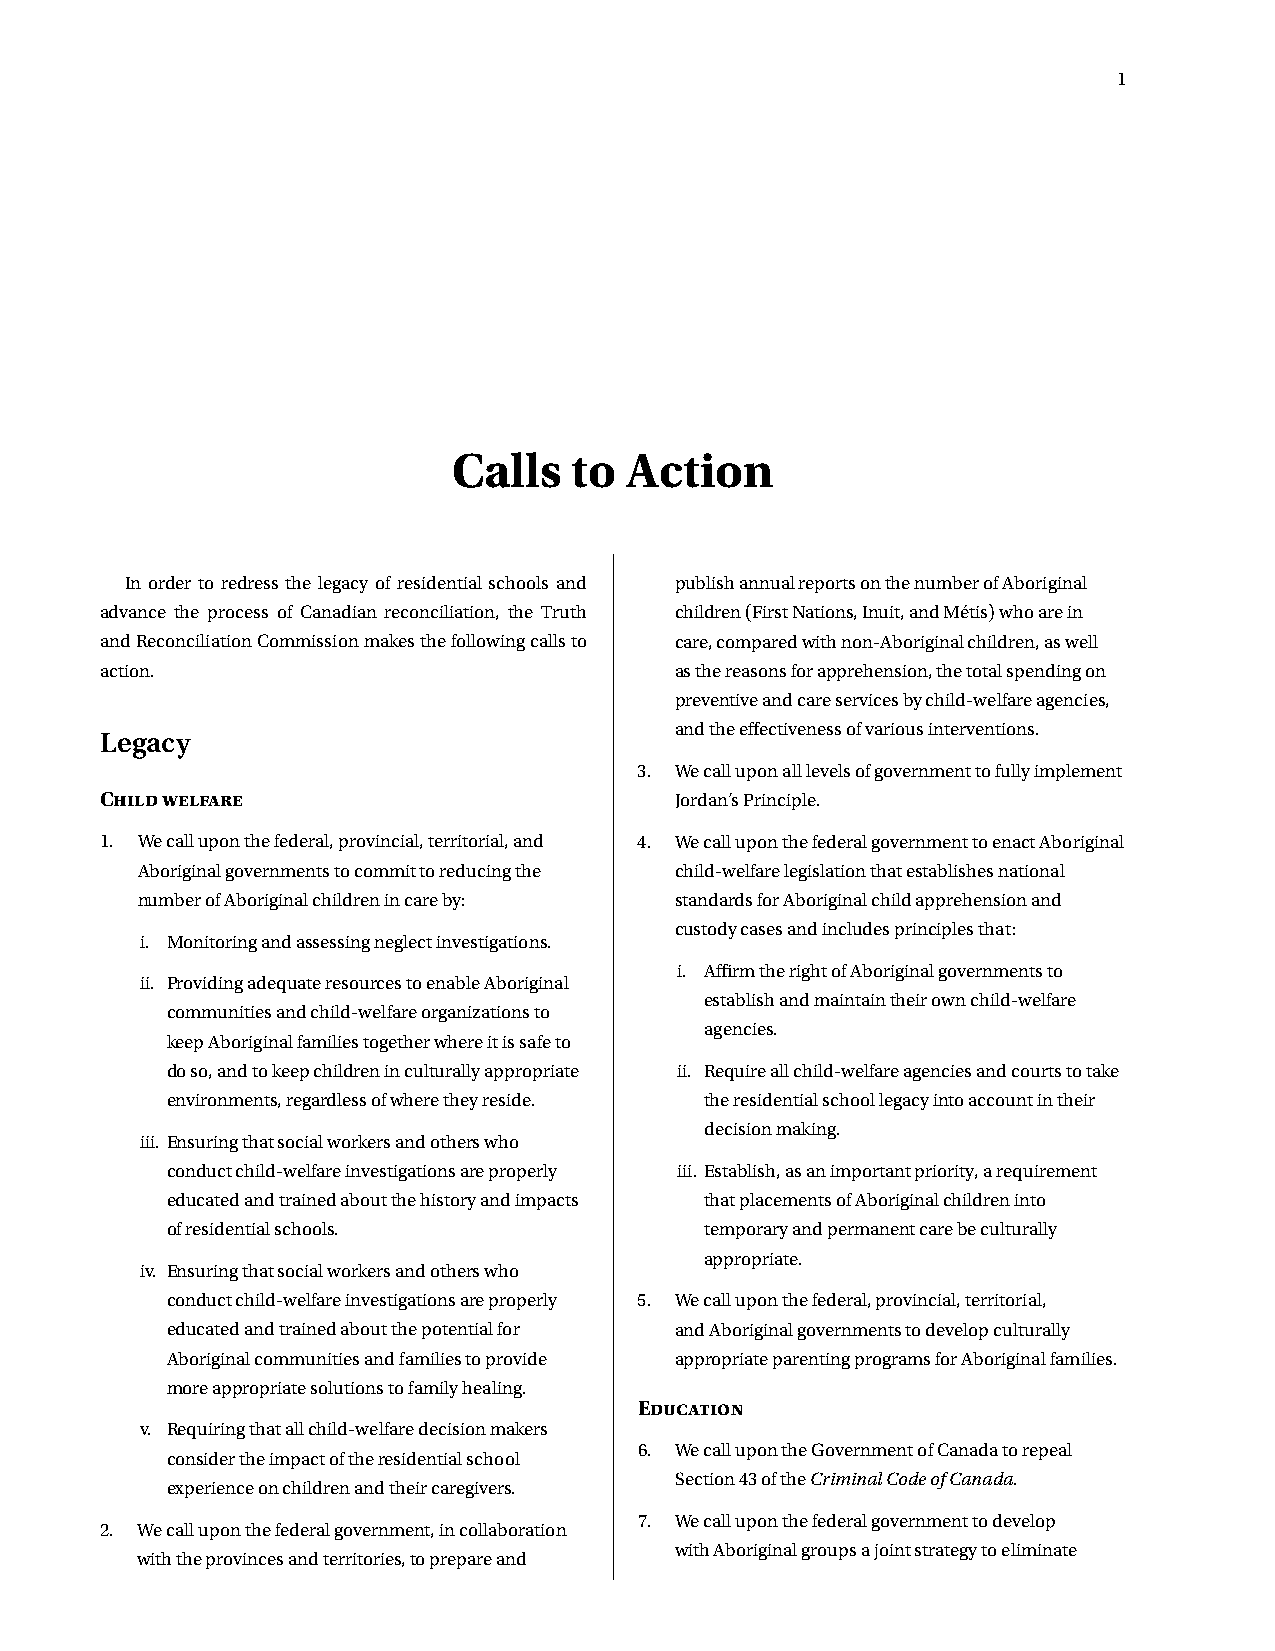
1
 Calls   to Action
 In order to redress the legacy of residential schools and publish annual reports on the number of Aboriginal
 advance the process of Canadian reconciliation, the Truth children (First Nations, Inuit, and Métis) who are in
 and Reconciliation Commission makes the following calls to care, compared with non-Aboriginal children, as well
 action.                               as the reasons for apprehension, the total spending on
 preventive and care services by child-welfare agencies,
 and the effectiveness of various interventions.
 Legacy
 3. We call upon all levels of government to fully implement
 Child welfare                         Jordan’s Principle.
 1. We call upon the federal, provincial, territorial, and 4. We call upon the federal government to enact Aboriginal
 Aboriginal governments to commit to reducing the child-welfare legislation that establishes national
 number of Aboriginal children in care by: standards for Aboriginal child apprehension and
 custody cases and includes principles that:
 i. Monitoring and assessing neglect investigations.
 i. Affirm the right of Aboriginal governments to
 ii. Providing adequate resources to enable Aboriginal
 establish and maintain their own child-welfare
 communities and child-welfare organizations to
 agencies.
 keep Aboriginal families together where it is safe to
 do so, and to keep children in culturally appropriate ii. Require all child-welfare agencies and courts to take
 environments, regardless of where they reside. the residential school legacy into account in their
 decision making.
 iii. Ensuring that social workers and others who
 conduct child-welfare investigations are properly iii. Establish, as an important priority, a requirement
 educated and trained about the history and impacts that placements of Aboriginal children into
 of residential schools.             temporary and permanent care be culturally
 appropriate.
 iv. Ensuring that social workers and others who
 conduct child-welfare investigations are properly 5. We call upon the federal, provincial, territorial,
 educated and trained about the potential for and Aboriginal governments to develop culturally
 Aboriginal communities and families to provide appropriate parenting programs for Aboriginal families.
 more appropriate solutions to family healing.
 Education
 v. Requiring that all child-welfare decision makers
 6. We call upon the Government of Canada to repeal
 consider the impact of the residential school
 Section 43 of the Criminal Code of Canada.
 experience on children and their caregivers.
 7. We call upon the federal government to develop
 2. We call upon the federal government, in collaboration
 with Aboriginal groups a joint strategy to eliminate
 with the provinces and territories, to prepare and